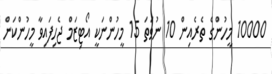
10000 މީހުންގެ ތެރެއިން 10 ނުވަތަ 15 މީހުންނަކީ އޯޓިޒަމް ޖެހިފައިވާ މީހުންކަން